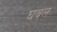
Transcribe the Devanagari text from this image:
घवल